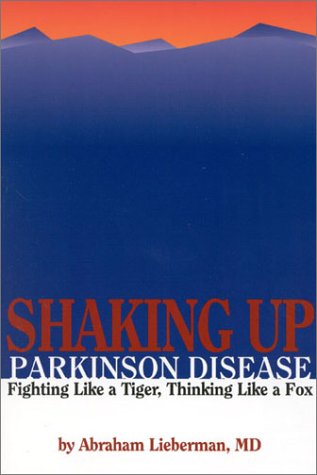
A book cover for Shaking Up Parkinson Disease:  Fighting Like A Tiger, Thinking Like A Fox; Abraham Lieberman; Health, Fitness & Dieting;